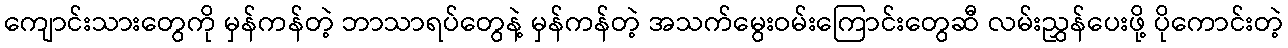
ကျောင်းသားတွေကို မှန်ကန်တဲ့ ဘာသာရပ်တွေနဲ့ မှန်ကန်တဲ့ အသက်မွေးဝမ်းကြောင်းတွေဆီ လမ်းညွှန်ပေးဖို့ ပိုကောင်းတဲ့